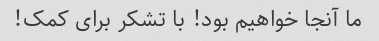
ما آنجا خواهیم بود! با تشکر برای کمک!